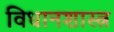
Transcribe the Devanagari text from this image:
विधानशास्त्र